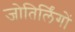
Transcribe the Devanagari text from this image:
जोतिर्लिंगों